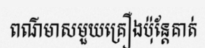
ពណ៌មាសមួយគ្រឿងប៉ុន្តែគាត់